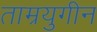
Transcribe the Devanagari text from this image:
ताम्रयुगीन